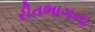
રીતભાગના